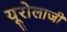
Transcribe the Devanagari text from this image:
यूरोलाजी